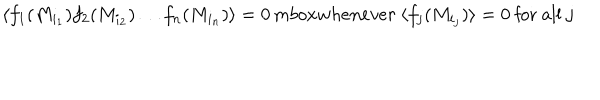
LaTeX: \langle f _ { 1 } ( M _ { i _ { 1 } } ) f _ { 2 } ( M _ { i _ { 2 } } ) \ldots f _ { n } ( M _ { i _ { n } } ) \rangle = 0 \, m b o x { w h e n e v e r } \ \langle f _ { j } ( M _ { i _ { j } } ) \rangle = 0 \ \mathrm { f o r ~ a l l } \ j